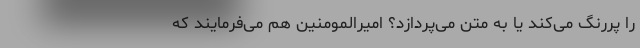
را پررنگ می‌کند یا به متن می‌پردازد؟ امیرالمومنین هم می‌فرمایند که